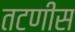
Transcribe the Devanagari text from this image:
तटणीस